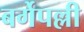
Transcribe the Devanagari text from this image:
बर्गेपल्ली